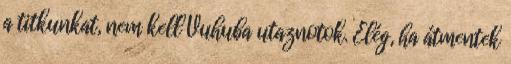
a titkunkat, nem kell Vuhuba utaznotok. Elég, ha átmentek